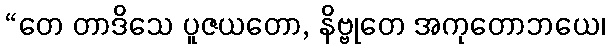
“တေ တာဒိသေ ပူဇယတော, နိဗ္ဗုတေ အကုတောဘယေ၊